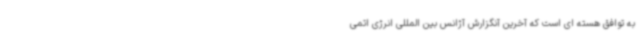
به توافق هسته ای است که آخرین آنگزارش آژانس بین المللی انرژی اتمی